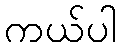
ကယ်ပါ